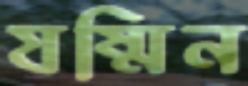
যষ্মিন